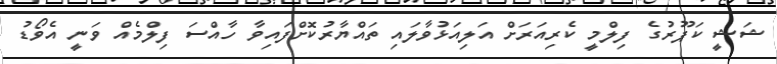
ޝަޝީ ކަޕޫރުގެ ފިލްމީ ކެރިއަރަށް އަލިއަޅުވާލައި ތައްޔާރުކޮށްފައިވާ ހާއްސަ ފިލްމެއް ވަނީ އެވޯޑު